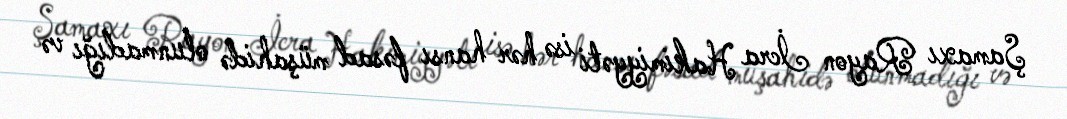
Şamaxı Rayon İcra Hakimiyyəti isə hər hansı fəsad müşahidə olunmadığı və